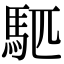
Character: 𫘇